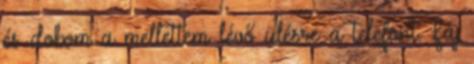
és dobom a mellettem lévő ülésre a telefont. Fáj